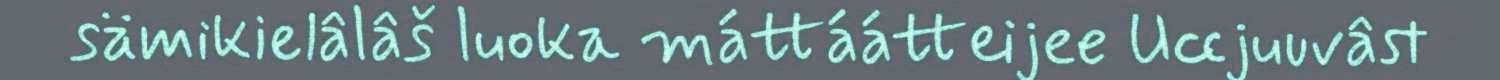
sämikielâlâš luoka máttáátteijee Uccjuuvâst